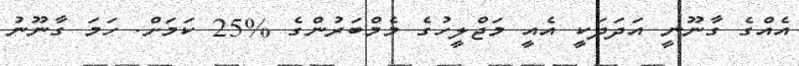
އެއްގެ ގާނޫނީ އަދަދަކީ އެއީ މަޖްލީހުގެ މެމްބަރުންގެ %25 ކަމަށް. ހަމަ ގާނޫނު